Leaving Certificate Examination (including Day School Certificate (Higher) General paper), 1929
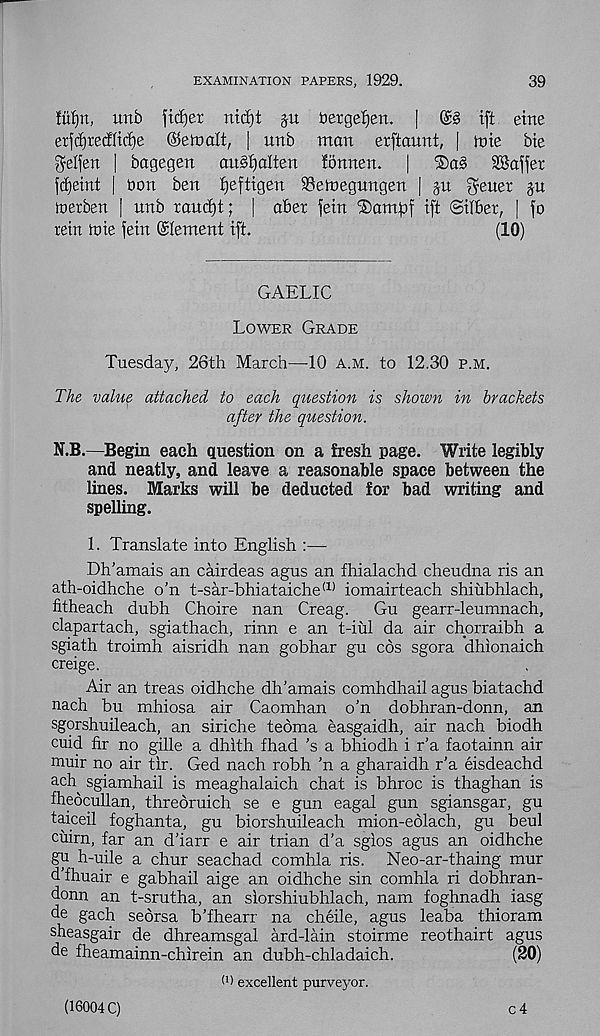
EXAMINATION PAPERS, 1929.
39
fufyit, unb fictjer nicfyt ju Dergetjen. |
ift eine
erfcl)tecfltc£)e ©eftmlt, | unb man erftannt, | mie bte
gelfen | bagegen
au3f)alien fonnen.
|
®a§
Staffer
fc^eint | bon ben fjefttgen SSeioegnngen | gn ^ener $u
merben | unb randjt; | abet fetn ®am|3f ift @ifbet, | fo
rein roie fein Element ift.
(10)
GAELIC
Lower Grade
Tuesday, 26th March—10 a.m. to 12.30 p.m.
The value attached to each question is shown in brackets
after the question.
N.B.—Begin each question on a fresh page. Write legibly
and neatly, and leave a reasonable space between the
lines. Marks will be deducted for bad writing and
spelling.
1. Translate into English :—
Dh’amais an cairdeas agus an fhialachd cheudna ris an
ath-oidhche o’n t-sar-bhiataiche a) iomairteach shiubhlach,
fitheach dubh Choire nan Creag.
Gu gearr-leumnach,
clapartach, sgiathach, rinn e an t-iul da air chorraibh a
sgiath troimh aisridh nan gobhar gu cos sgora dhionaich
creige.
Air an treas oidhche dh’amais comhdhail agus biatachd
nach bu mhiosa air Caomhan o’n dobhran-donn, an
sgorshuileach, an siriche teoma easgaidh, air nach biodh
cuid fir no gille a dhlth fhad’s a bhiodh i r’a faotainn air
muir no air tir. Ged nach robh ’n a gharaidh r’a eisdeachd
ach^ sgiamhail is meaghalaich chat is bhroc is thaghan is
fheocullan, threoruich se e gun eagal gun sgiansgar, gu
taiceil foghanta, gu biorshuileach mion-eolach, gu beul
cuirn, far an d’iarr e air trian d’a sgios agus an oidhche
gu h-uile a chur seachad comhla ris. Neo-ar-thaing mur
d’fhuair e gabhail aige an oidhche sin comhla ri dobhran-
donn an t-srutha, an slorshiubhlach, nam foghnadh iasg
de gach seorsa b’fhearr na cheile, agus leaba thioram
sheasgair de dhreamsgal ard-lain stoirme reothairt agus
de fheamainn-chirein an dubh-chladaich.
(20)
0) excellent purveyor.
(16004 C)
c4